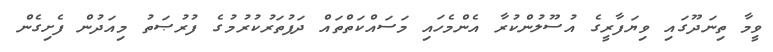
ވީމާ ތިނަދޫގައި ވިޔަފާރީގެ އުސޫލުންކުރާ އެންމެހައި މަސައްކަތްތައް ދަފުތަރުކުރުމުގެ ފުރުޞަތު މިއަދުން ފެށިގެން